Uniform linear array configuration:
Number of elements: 48
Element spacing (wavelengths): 0.25
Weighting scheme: kaiser
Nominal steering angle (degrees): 60
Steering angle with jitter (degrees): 60.937
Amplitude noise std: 0.05
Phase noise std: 0.05

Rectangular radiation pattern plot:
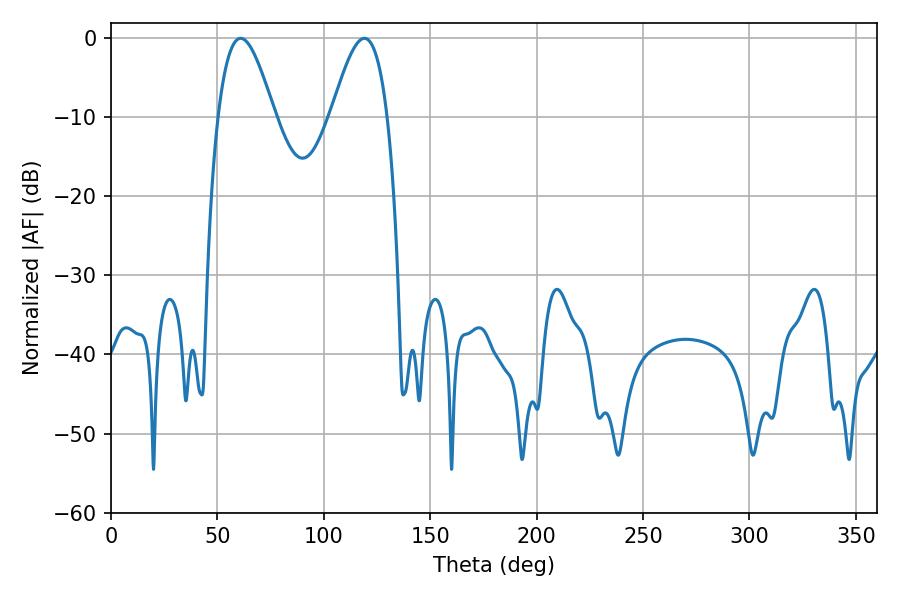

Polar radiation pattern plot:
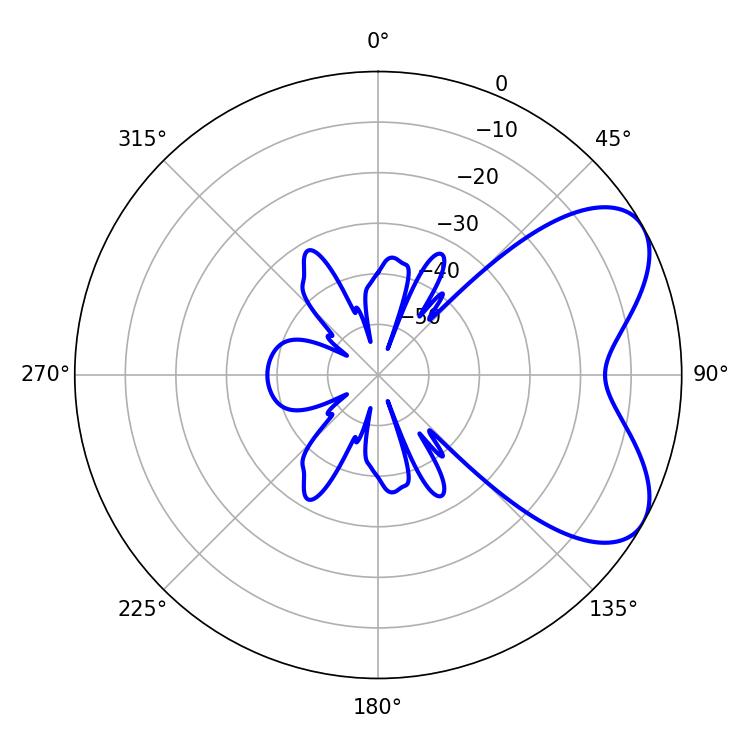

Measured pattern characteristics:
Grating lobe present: FALSE
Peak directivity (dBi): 6.093
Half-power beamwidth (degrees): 14.22
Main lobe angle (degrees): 60.84